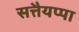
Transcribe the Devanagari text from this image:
सत्तैयप्पा